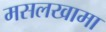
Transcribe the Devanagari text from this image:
मसलखामा